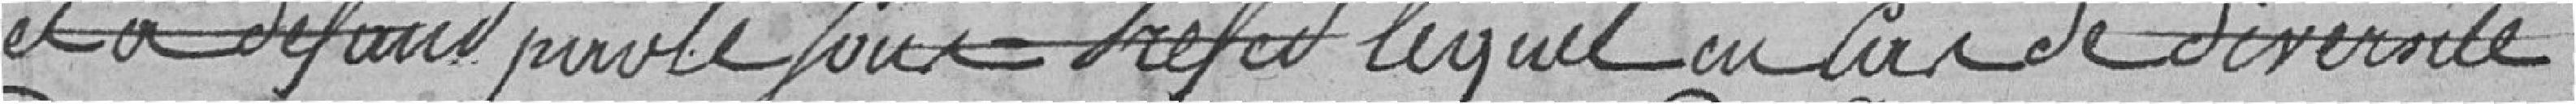
et à défaut par le Préfet lequel aura de diversité